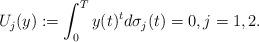
LaTeX: \begin{align*}U_j(y):=\int_0^T y(t)^td\sigma_j(t)=0,j=1,2.\end{align*}